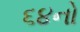
૬૪નો